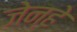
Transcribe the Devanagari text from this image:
जेन्हे